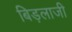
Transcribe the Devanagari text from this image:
बिड़लाजी